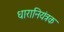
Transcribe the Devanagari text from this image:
धारानियंत्रक